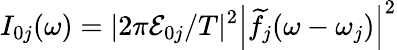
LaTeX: I_{0j}(\omega)=|2\pi\mathcal{E}_{0j}/T|^{2}\left|\widetilde f_{j}(\omega-\omega_{j})\right|^{2}